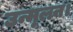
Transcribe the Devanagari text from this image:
उन्मूलन।